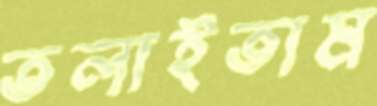
তলাইতাম